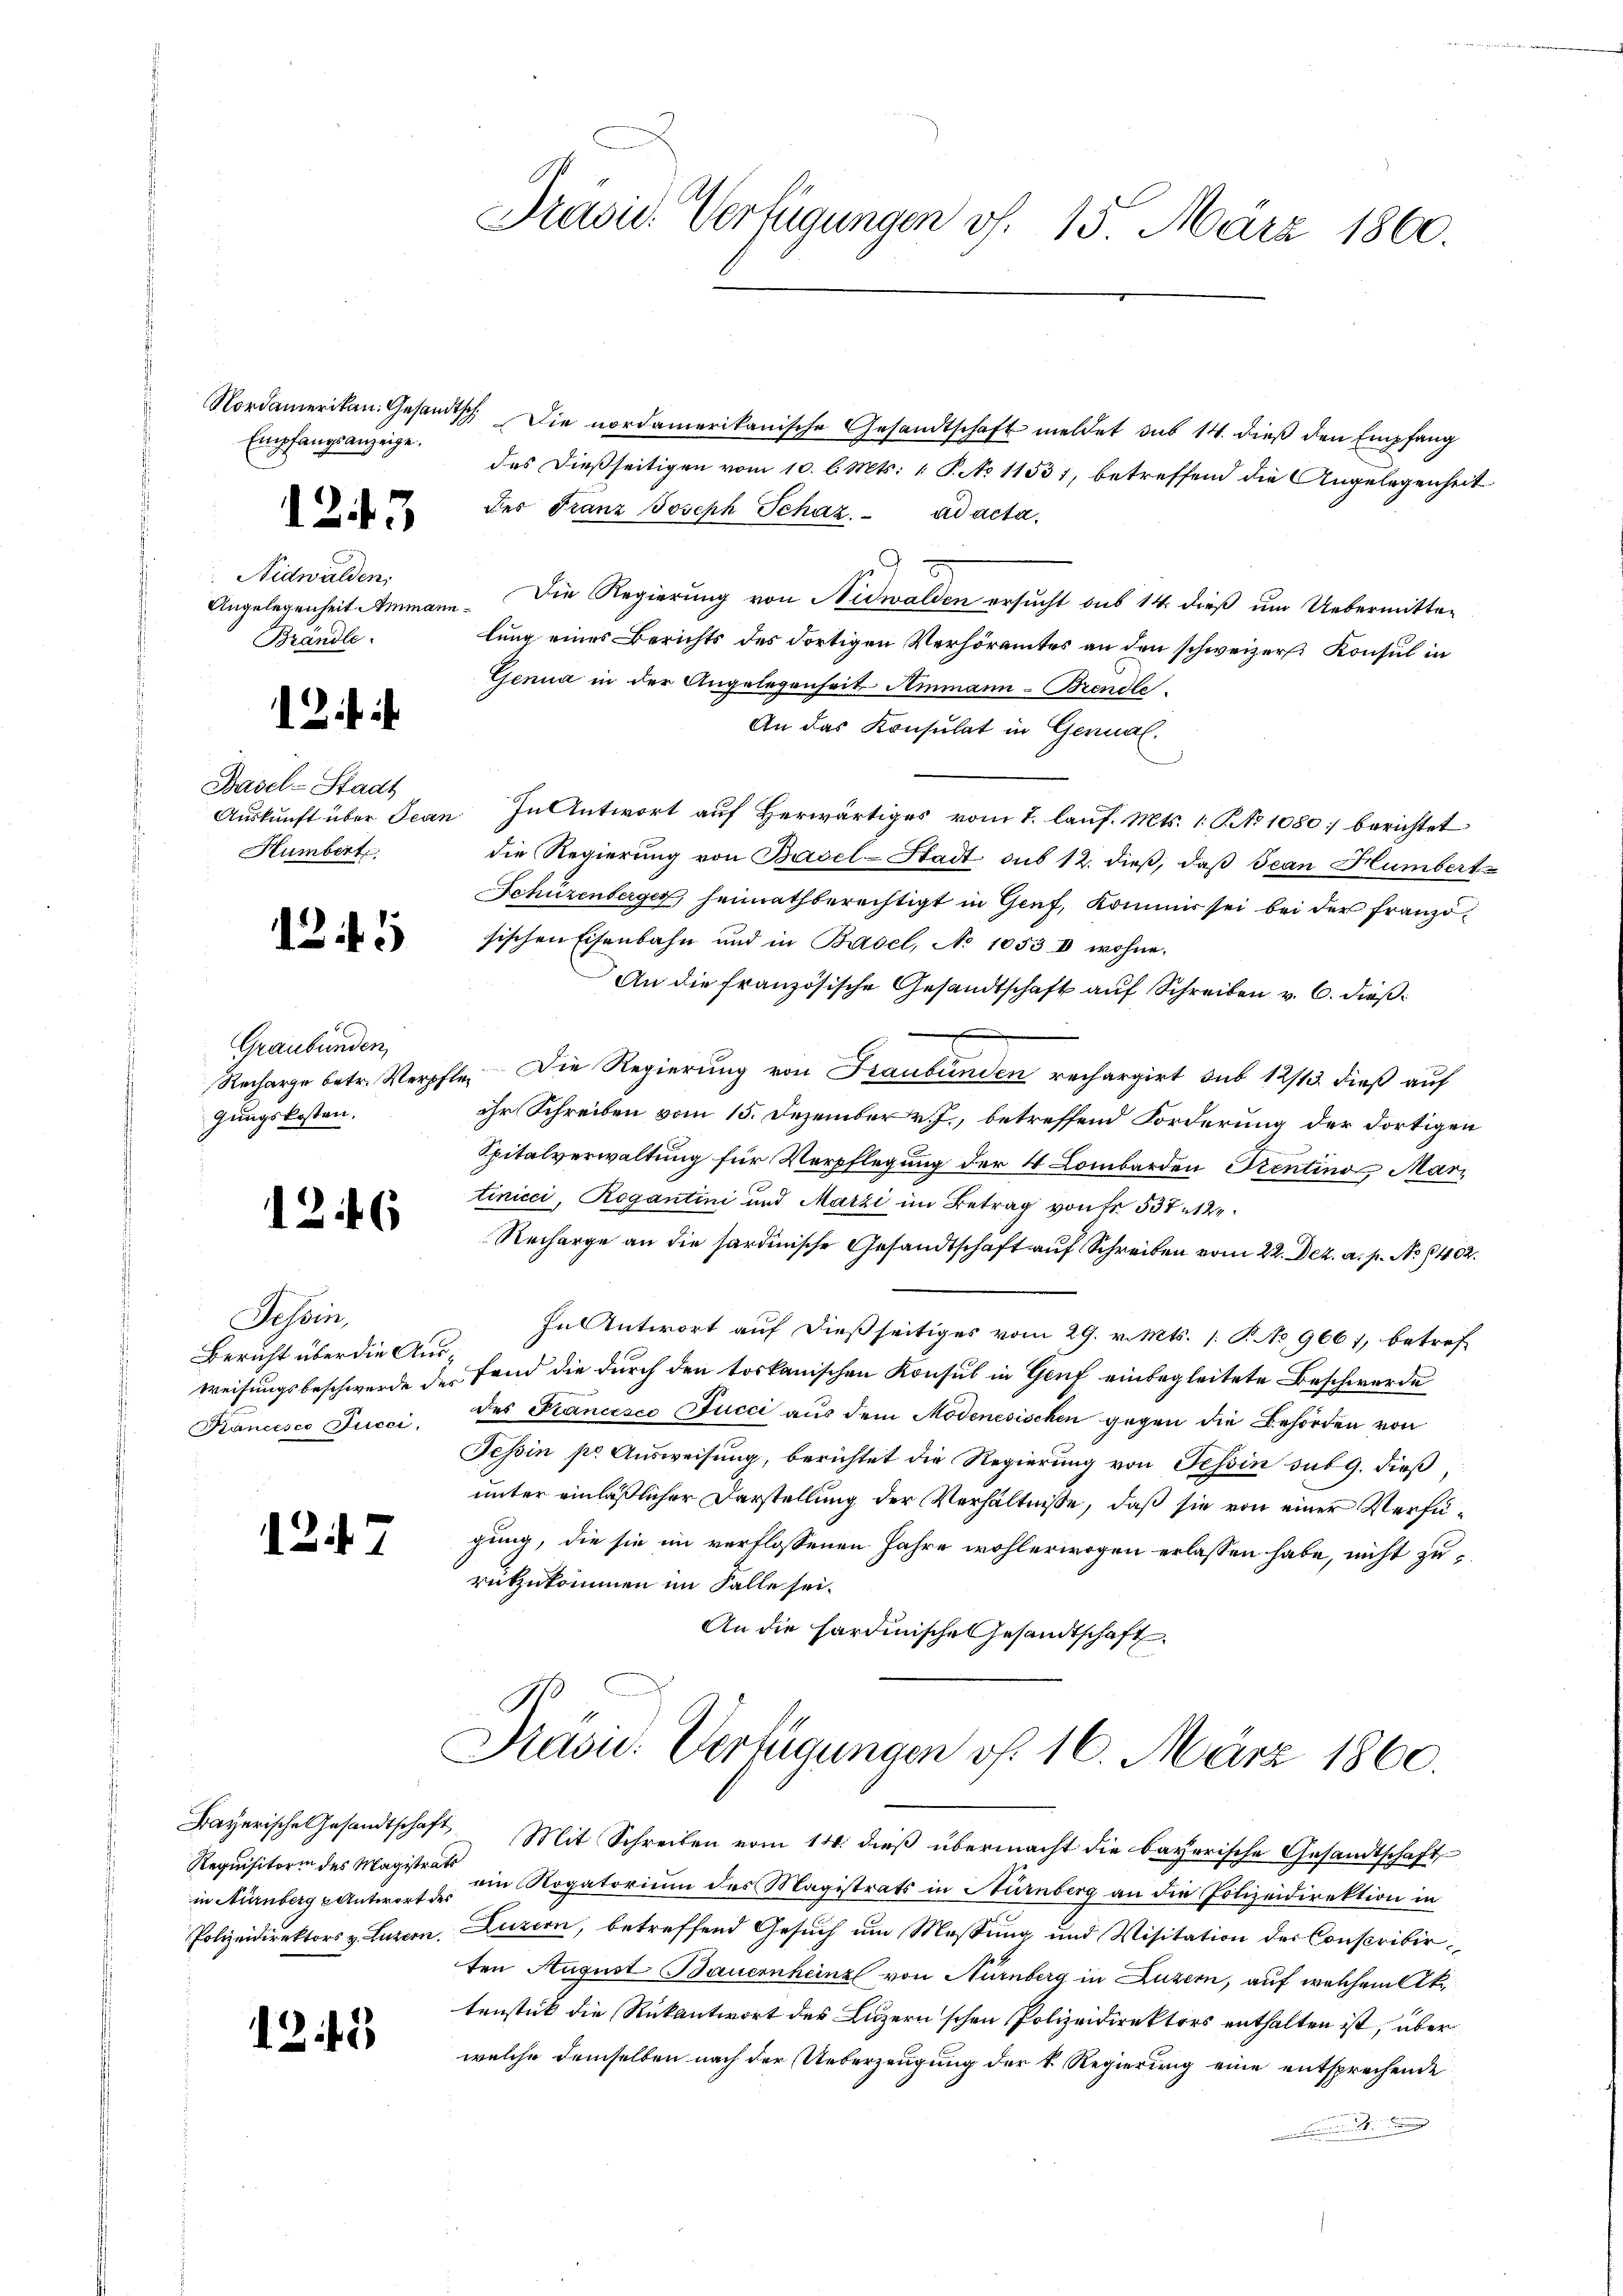
Empfangsanzeige.

1243

Nidwalden,
Angelegenheit Ammann¬
Brändle.

12 f. i

Basel-Stadt
Humbert

125

Graubünden,
gungskosten,

1246

Tessin,
Bericht über die Aus¬
Francesco Jucci,

127

Requisitorin des Magistrats

1242

Präsid. Verfügungen vf. 15. März 1860.

Nordamerikan. Gesandtsch. Die nordamerikanische Gesandtschaft meldet sub 14. dieß den Empfang
des dießseitigen vom 10. l. Mts. 1 P. No 11531, betreffend die Angelegenheit
der Franz Joseph Schaz. ad acta.
Die Regierung von Nidwalden ersucht aus 14. dieß um Uebermittelung eines Berichts des dortigen Verhöramtes an den schweizers Konsul in
Genua in der Angelegenheit Ammann-Brendle.
An das Konsulat in Germal.
Auskunft über Jean In Antwort auf Herwärtiges vom 7. lauf. Mts. 1 P. No 1080 berichtet
die Regierung von Basel-Stadt aus 12. dieß, daß Jean Humbert
Schüzenberger, heimathberechtigt in Genf, Kommer sei bei der französischen Eisenbahn und in Basel, No 1053 I wohne.
An die französische Gesandtschaft auf Schreiben v. 6. dieß
d
Recharge betr. Verpfle. Die Regierung von Graubünden rechargirt sub 12/13. dieß auf
ihr Schreiben vom 15. Dezember v. J., betreffend Forderung der dortigen
Spitalverwaltung für Verpflegung der 4 Lombarden Prentino Mari
tinicci, Rogantini und Marzi im Betrag von Fr. 537 12.
Recharge an die sardinische Gesandtschaft auf Schreiben vom 22. Dez. a. p. No 1402.
In Antwort auf dießseitiges vom 29. v. Mts. 1. P. No. 9661, betrefweisungsbeschwerde der fand die durch den toskanischen Konsul in Genf einbegleitete Beschwerde
des Francesco Succi aus dem Modenesischen gegen die Behörden von
Tessin pr Ausweisung, berichtet die Regierung von Tessin sub 9. dieß,
unter einläßlicher Darstellung der Verhältnisse, daß sie von einer Verfügung, die sie im verflossenen Jahre wohlerwogen erlassen habe, nicht zurückzukommen im Falle sei.
An die hardinische Gesandtschaft

Präsid. Verfügungen vf. 16. März 1860.

Bayerische Gesandtschaft Mit Schreiben vom 14. dieß übermacht die bayerische Gesandtschaft
in Nürnberg & Antwort u. ein Rogatorium des Magistrats in Nürnberg an die Polizeidirektion in
Polizeidirektors v. Luzern, Luzern, betreffend Gesuch um Massung und Visitation der Conscribirten August Bauernheinz von Nürnberg in Luzern, auf welchem Aktenstück die Rückantwort des Luzern schen Polizeidirektors enthalten ist, über
welche demselben nach der Ueberzeugung der v Regierung eine entsprechende